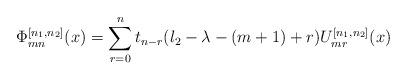
LaTeX: \begin{align*}\Phi_{mn}^{[n_1,n_2]}(x) = \sum^n_{r=0} t_{n-r} (l_2-\lambda - (m+1) + r) U_{mr}^{[n_1,n_2]}(x)\end{align*}